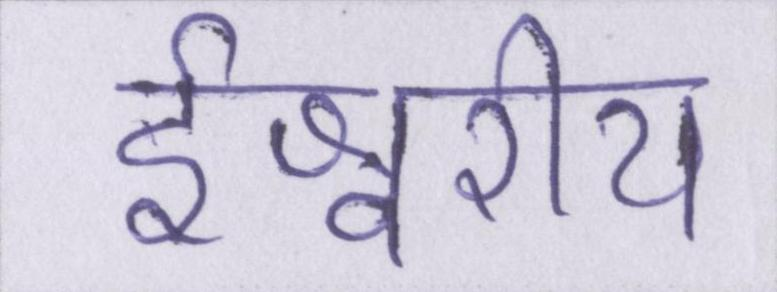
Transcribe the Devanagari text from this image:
ईश्वरीय